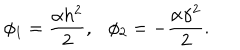
\phi _ { 1 } = \frac { \alpha h ^ { 2 } } { 2 } , \phi _ { 2 } = - \frac { \alpha \gamma ^ { 2 } } { 2 } .